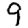
Digit: 9